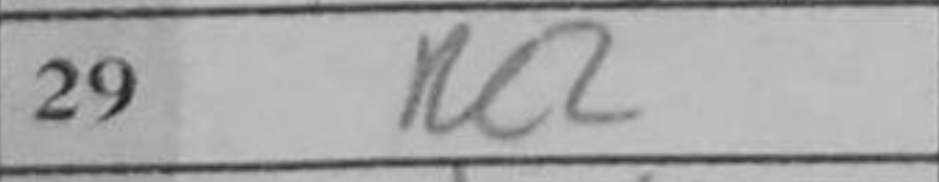
Transcription: Re3